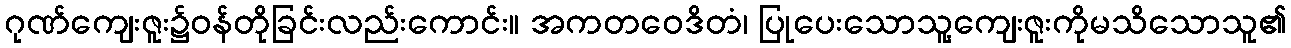
ဂုဏ်ကျေးဇူး၌ဝန်တိုခြင်းလည်းကောင်း။ အကတဝေဒိတံ၊ ပြုပေးသောသူ့ကျေးဇူးကိုမသိသောသူ၏